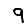
Digit: 9